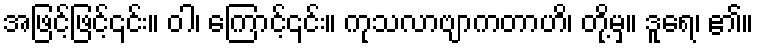
အဖြင့်ဖြင့်၎င်း။ ဝါ၊ ကြောင့်၎င်း။ ကုသလာဗျာကတာဟိ၊ တို့မှ။ ဒူရေ၊ ၏။